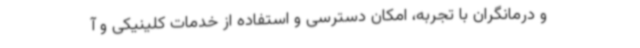
و درمانگران با تجربه، امکان دسترسی و استفاده از خدمات کلینیکی و آ